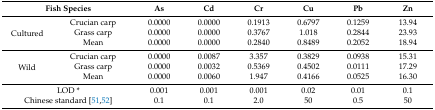
<table><thead><tr><td colspan="2"><b>Fish Species</b></td><td><b>As</b></td><td><b>Cd</b></td><td><b>Cr</b></td><td><b>Cu</b></td><td><b>Pb</b></td><td><b>Zn</b></td></tr></thead><tbody><tr><td rowspan="3">Cultured</td><td>Crucian carp</td><td>0.0000</td><td>0.0000</td><td>0.1913</td><td>0.6797</td><td>0.1259</td><td>13.94</td></tr><tr><td>Grass carp</td><td>0.0000</td><td>0.0000</td><td>0.3767</td><td>1.018</td><td>0.2844</td><td>23.93</td></tr><tr><td>Mean</td><td>0.0000</td><td>0.0000</td><td>0.2840</td><td>0.8489</td><td>0.2052</td><td>18.94</td></tr><tr><td rowspan="3">Wild</td><td>Crucian carp</td><td>0.0000</td><td>0.0087</td><td>3.357</td><td>0.3829</td><td>0.0938</td><td>15.31</td></tr><tr><td>Grass carp</td><td>0.0000</td><td>0.0032</td><td>0.5369</td><td>0.4502</td><td>0.0111</td><td>17.29</td></tr><tr><td>Mean</td><td>0.0000</td><td>0.0060</td><td>1.947</td><td>0.4166</td><td>0.0525</td><td>16.30</td></tr><tr><td colspan="2">LOD *</td><td>0.001</td><td>0.001</td><td>0.001</td><td>0.02</td><td>0.01</td><td>0.1</td></tr><tr><td colspan="2">Chinese standard [51,52]</td><td>0.1</td><td>0.1</td><td>2.0</td><td>50</td><td>0.5</td><td>50</td></tr></tbody></table>